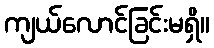
ကျယ်လောင်ခြင်းမရှိ။